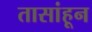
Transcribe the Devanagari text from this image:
तासांहून